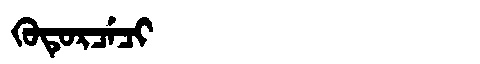
Manchu: ᡴᡠᡨᡠᡵᠴᡝᠴᡳ
Romanization: KUTURCECI